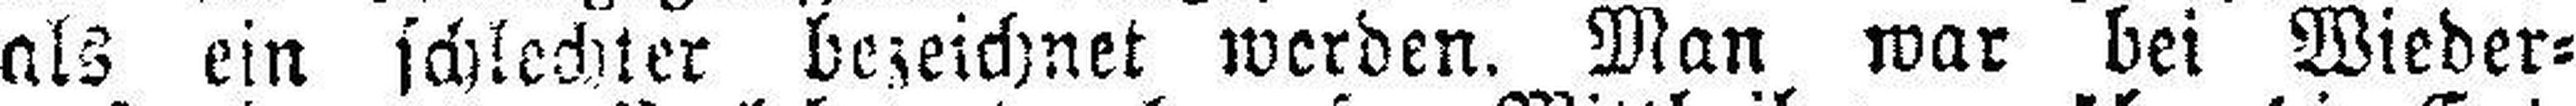
als ein schlechter bezeichnet werden. Man war bei Wieder¬